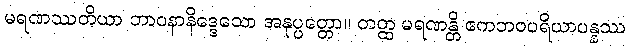
မရဏဿတိယာ ဘာဝနာနိဒ္ဒေသော အနုပ္ပတ္တော။ တတ္ထ မရဏန္တိ ဧကဘဝပရိယာပန္နဿ